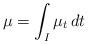
LaTeX: \begin{align*}\mu = \int_I \mu_t \, dt\end{align*}